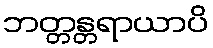
ဘတ္တန္တရာယာပိ